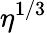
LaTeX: \eta^{1/3}